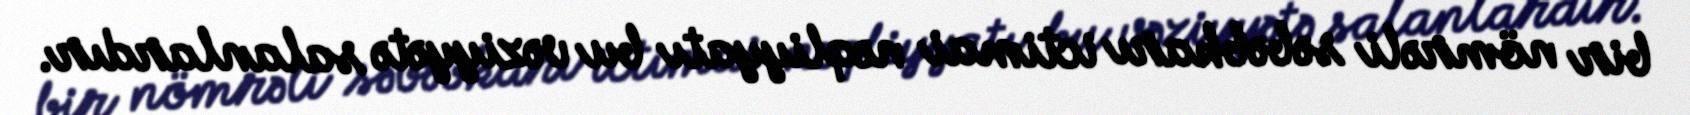
bir nömrəli səbəbkarı ictimai nəqliyyatı bu vəziyyətə salanlardır.